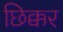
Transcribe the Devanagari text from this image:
छिक्कर